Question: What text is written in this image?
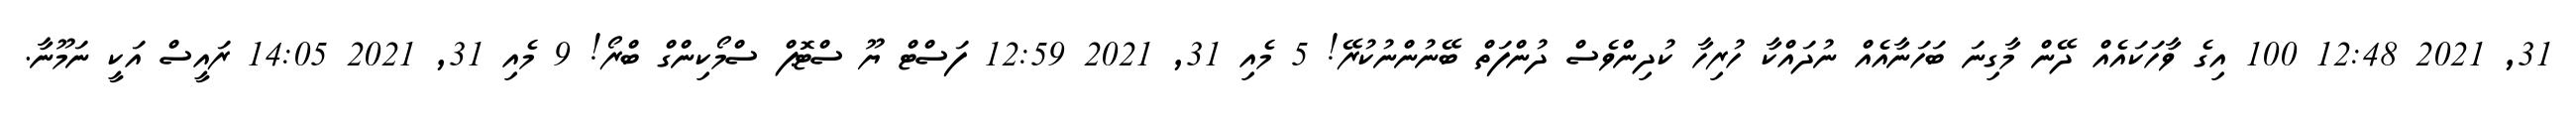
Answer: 31, 2021 12:48 100 އިގެ ވާހަކައެއް ދޭން މާގިނަ ބަހަނާއެއް ނުދައްކާ ހުރިހާ ކުދިންވެސް ދުންފަތް ބޭނުންނުކުރޭ! 5 މެއި 31, 2021 12:59 ފަސްޓް ޔޫ ސްޓޮޕް ސްމޯކިންގް ބްރޯ! 9 މެއި 31, 2021 14:05 ރައީސް އަކީ ނަމޫނާ.